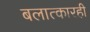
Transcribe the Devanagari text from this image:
बलात्कारही